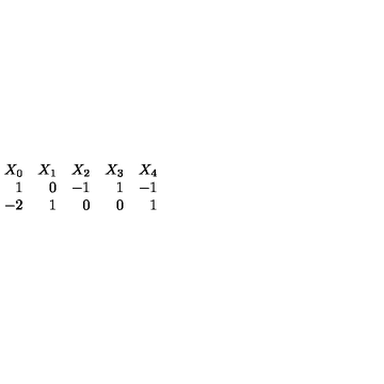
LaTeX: \begin{array} { r r r r r } { X _ { 0 } } & { X _ { 1 } } & { X _ { 2 } } & { X _ { 3 } } & { X _ { 4 } } \\ { 1 } & { 0 } & { - 1 } & { 1 } & { - 1 } \\ { - 2 } & { 1 } & { 0 } & { 0 } & { 1 } \\ \end{array}